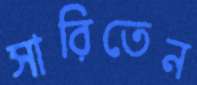
সারিতেন